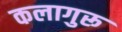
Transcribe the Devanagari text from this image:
कलागुरू